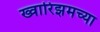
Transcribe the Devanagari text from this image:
ख्वारिझमच्या